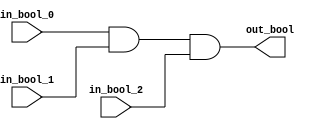
/* Generated by Amaranth Yosys 0.25 (PyPI ver 0.25.0.0.post70, git sha1 e02b7f64b) */

(* \amaranth.hierarchy  = "top" *)
(* top =  1  *)
(* generator = "Amaranth" *)
module top(in_bool_1, in_bool_2, out_bool, in_bool_0);
  (* src = "/data/Github/HardwareSystemDesign/Lab3/Example/test_array.py:18" *)
  wire \$1 ;
  (* src = "/data/Github/HardwareSystemDesign/Lab3/Example/test_array.py:18" *)
  wire \$3 ;
  (* src = "/data/Github/HardwareSystemDesign/Lab3/Example/test_array.py:18" *)
  wire \$5 ;
  (* src = "/data/Github/HardwareSystemDesign/Lab3/Example/test_array.py:9" *)
  input in_bool_0;
  wire in_bool_0;
  (* src = "/data/Github/HardwareSystemDesign/Lab3/Example/test_array.py:9" *)
  input in_bool_1;
  wire in_bool_1;
  (* src = "/data/Github/HardwareSystemDesign/Lab3/Example/test_array.py:9" *)
  input in_bool_2;
  wire in_bool_2;
  (* src = "/data/Github/HardwareSystemDesign/Lab3/Example/test_array.py:11" *)
  output out_bool;
  wire out_bool;
  assign \$3  = \$1  & (* src = "/data/Github/HardwareSystemDesign/Lab3/Example/test_array.py:18" *) in_bool_1;
  assign \$5  = \$3  & (* src = "/data/Github/HardwareSystemDesign/Lab3/Example/test_array.py:18" *) in_bool_2;
  assign out_bool = \$5 ;
  assign \$1  = in_bool_0;
endmodule